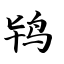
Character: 鸨